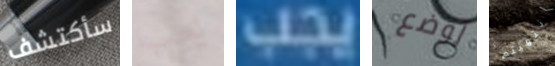
سأكتشف يجب يجب لوضع انتهيتم